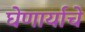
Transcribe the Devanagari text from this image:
घेणार्याचे